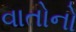
વાતોનો